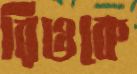
রিওকে